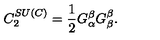
C _ { 2 } ^ { S U \left( C \right) } = \frac { 1 } { 2 } G _ { \alpha } ^ { \beta } G _ { \beta } ^ { \beta } .